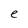
Character: e